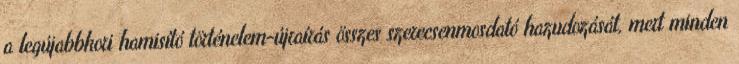
a legújabbkori hamisító történelem-újraírás összes szerecsenmosdató hazudozását, mert minden